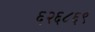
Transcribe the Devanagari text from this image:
६२६८६९